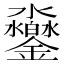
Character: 𨰱